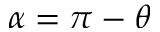
\alpha = \pi - \theta